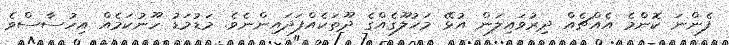
ފެންނަ ކޮންމެ އެއްޗެއް ދިރުވައިލަން އުޅޭ މަޚުލޫގެއްގެ ދޫތަކެއްފަދައިންނެވެ. މަޑުމަޑު ހޫނުކަމެއް އިހުސާސްވެ